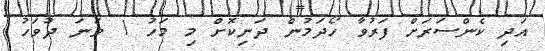
އަދި ކެންސަރަށް ފަރުވާ ހޯދަމުން ދަނިކޮށް މި މަހު 1 ވަނަ ދުވަހު